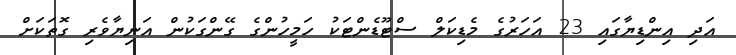
އަދި އިންޑިޔާގައި 23 އަހަރުގެ މެޑިކަލް ސްޓޫޑެންޓަކު ހަމީހުންގެ ގޭންގަކުން އަނިޔާވެރި ގޮތަކަށް